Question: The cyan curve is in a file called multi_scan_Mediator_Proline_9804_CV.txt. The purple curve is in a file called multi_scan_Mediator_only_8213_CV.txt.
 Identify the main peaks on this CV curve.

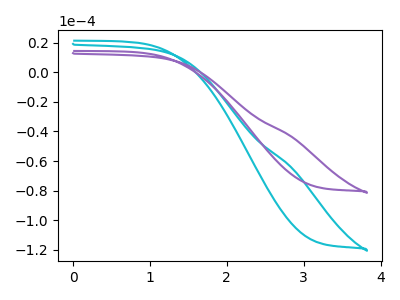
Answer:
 <answer>The cyan curve "Mediator + Proline" has no peaks. The purple curve "Mediator + only" has no peaks.</answer>
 <eval></eval>